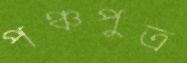
পঞ্চপুত্র